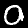
Digit: 0